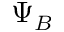
\Psi _ { B }